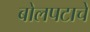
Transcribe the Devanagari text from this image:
बोलपटाचे